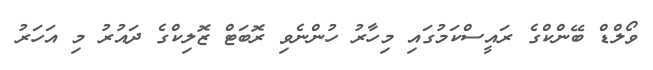
ވޯލްޑް ބޭންކްގެ ރައީސްކަމުގައި މިހާރު ހުންނެވި ރޮބަޓް ޒޮލިކްގެ ދައުރު މި އަހަރު